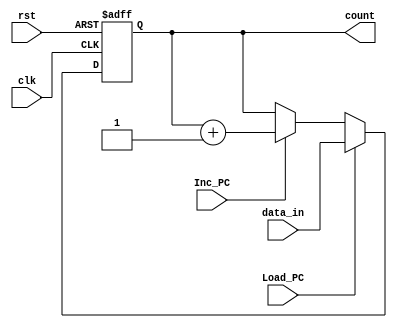
module Program_Counter(output reg [7:0] count, input [7:0] data_in, input Load_PC, Inc_PC, clk, rst);
    always @(posedge clk or negedge rst)
    if (!rst)
        count <= 0;
    else if (Load_PC)
        count <= data_in;
    else if (Inc_PC)
        count <= count+1;
endmodule

module Program_Counter_tb;
    reg clk,rst, Load_PC, Inc_PC;
    reg [7:0] data_in;
    wire[7:0] count;
    Program_Counter Test_Counter(count, data_in, Load_PC, Inc_PC, clk, rst);
    
    initial clk=1'b0;
    always #5 clk=~clk;
    
    initial begin
                rst=1;Load_PC=0;
        #5      data_in=8'b00000001;
        #5      Load_PC=1;
        #10     Load_PC=0;
        #20     Inc_PC=1;
        #100    Inc_PC=0;
        #5      rst=0;
        #5      rst=1;
        #5      data_in=8'b10000000; 
        #5      Load_PC=1;
        #10     Load_PC=0;
        #5      $stop;
    end
endmodule